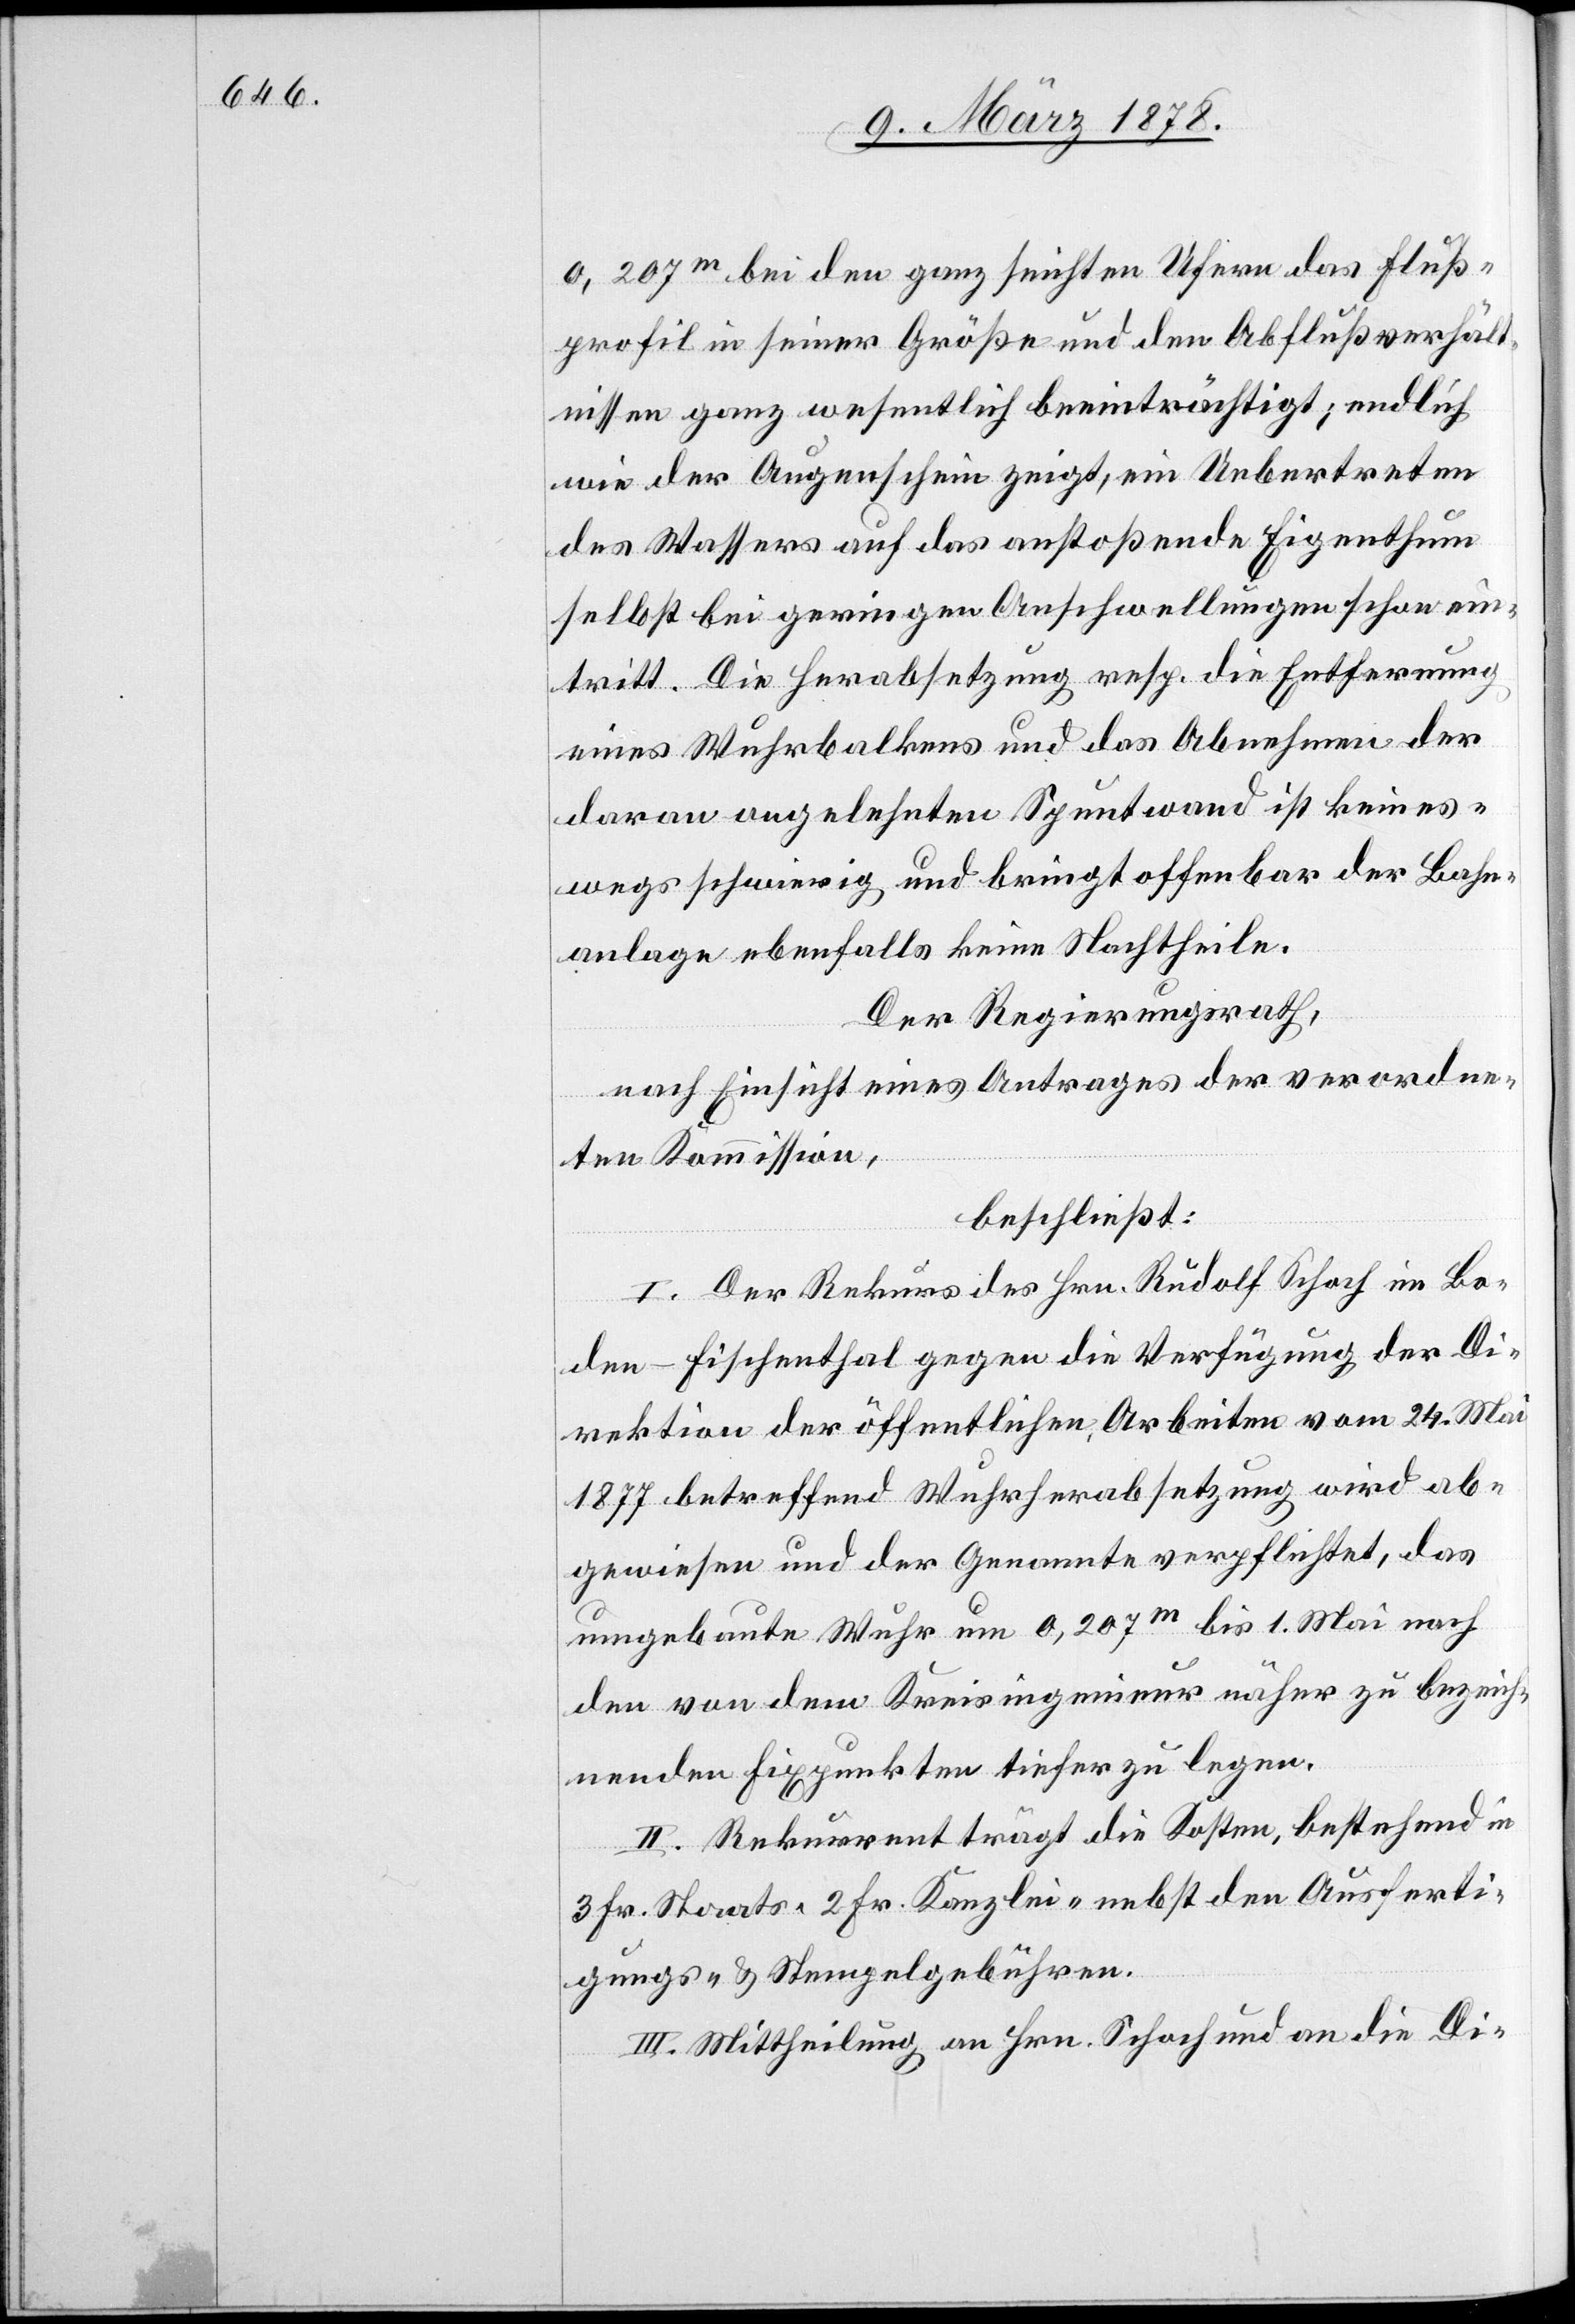
0,207m bei den ganz seichten Ufern das Fluß¬
profil in seiner Größe und den Abflußverhält¬
nissen ganz wesentlich beeinträchtigt; endlich
wie der Augenschein zeigt, ein Uebertreten
des Wassers auf das anstoßende Eigenthum
selbst bei geringen Anschwellungen schon ein¬
tritt. Die Herabsetzung resp. die Entfernung
eines Wuhrbalkens und das Abnehmen der
daran angelehnten Spuntwand ist keines¬
wegs schwierig und bringt offenbar der Bahn¬
anlage ebenfalls keine Nachtheile.
Der Regierungsrath,
nach Einsicht eines Antrages der verordne¬
ten Kommission,
beschließt:
I. Der Rekurs des Hrn. Rudolf Schoch in Bo¬
den - Fischenthal gegen die Verfügung der Di¬
rektion der öffentlichen Arbeiten vom 24. Mai
1877 betreffend Wuhrherabsetzung wird ab¬
gewiesen und der Genannte verpflichtet, das
ungebaute Wuhr um 0,207m bis 1. Mai nach
den von dem Kreisingenieur näher zu bezeich¬
nenden Fixpunkte tiefer zu legen.
II. Rekurrent trägt die Kosten, bestehend in
3 Fr. Staats-[,] 2 Fr. Kanzlei- nebst den Ausferti¬
gungs- & Stempelgebühren.
III. Mittheilung an Hrn. Schoch und an die Di-